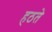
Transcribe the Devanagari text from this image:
हठते